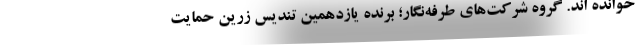
خوانده اند. گروه شرکت‌های طرفه‌نگار؛ برنده یازدهمین تندیس زرین حمایت